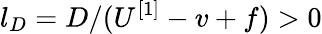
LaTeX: l_{D}=D/(U^{[1]}-v+f)>0